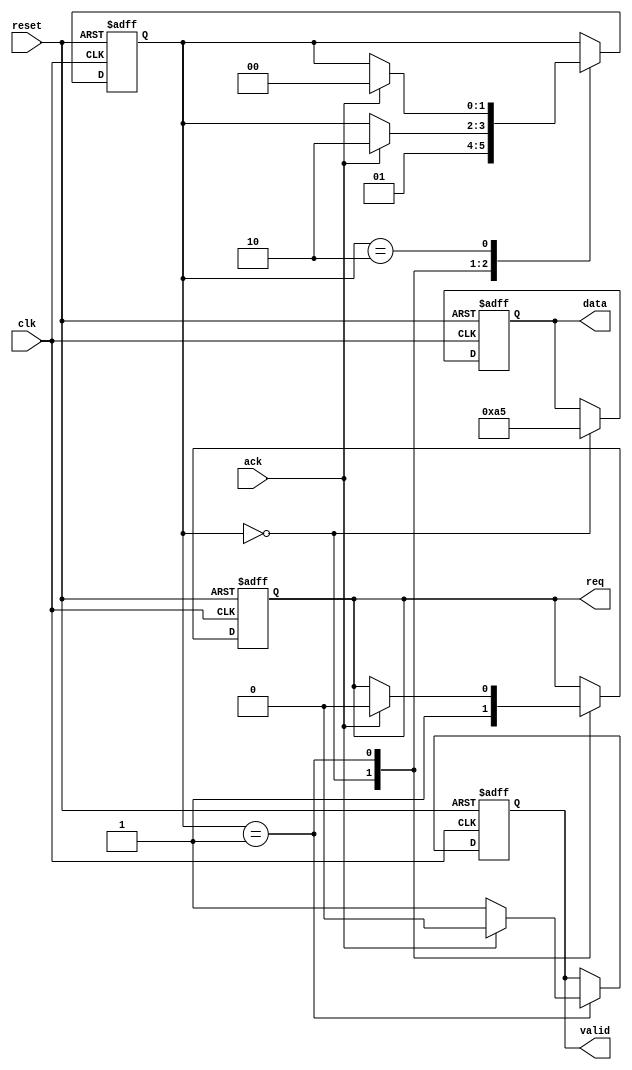
module async_handshake_master (
    input wire clk,             // Clock signal for master (only for internal processes)
    input wire reset,           // Reset signal
    input wire ack,             // Acknowledge signal from slave
    output reg req,             // Request signal to slave
    output reg valid,           // Valid signal indicating data is valid
    output reg [7:0] data      // Data bus (8-bit wide)
);

    reg [1:0] state;            // State register for FSM
    localparam IDLE = 2'b00,    // State definitions
               SEND = 2'b01,
               WAIT_ACK = 2'b10;

    initial begin
        state = IDLE;
        req = 0;
        valid = 0;
        data = 8'h00;
    end

    always @(posedge clk or posedge reset) begin
        if (reset) begin
            state <= IDLE;
            req <= 0;
            valid <= 0;
            data <= 8'h00;
        end else begin
            case (state)
                IDLE: begin
                    // Master is in IDLE state, ready to send data
                    req <= 1; // Assert request to slave
                    data <= 8'hA5; // Example data to send
                    state <= SEND; // Move to SEND state
                end
                
                SEND: begin
                    valid <= 1; // Assert valid signal
                    if (ack) begin
                        // Wait for ACK from slave
                        valid <= 0; // De-assert valid signal
                        req <= 0;   // De-assert request signal
                        state <= WAIT_ACK; // Move to WAIT_ACK state
                    end
                end
                
                WAIT_ACK: begin
                    // Wait for acknowledgment
                    if (ack) begin
                        // Slave has acknowledged receipt of data
                        state <= IDLE; // Return to IDLE state
                    end
                end
            endcase
        end
    end
endmodule